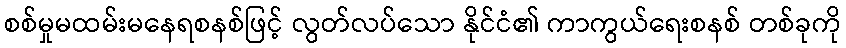
စစ်မှုမထမ်းမနေရစနစ်ဖြင့် လွတ်လပ်သော နိုင်ငံ၏ ကာကွယ်ရေးစနစ် တစ်ခုကို